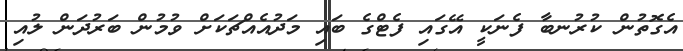
އެގޮތުން ކުރުނބާ ފެނަކީ އޭގައި ފެޓްގެ ބައި މަދުއެއްޗަކަށް ވުމުން ބަރުދަން ލުއި